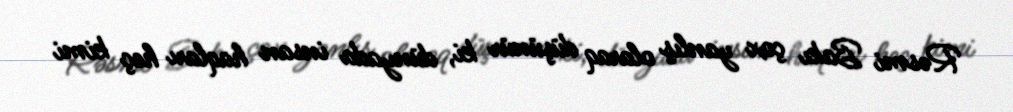
Rəsmi Bakı çox yanlış olaraq düşünür ki, dünyada insan haqları heç kimi